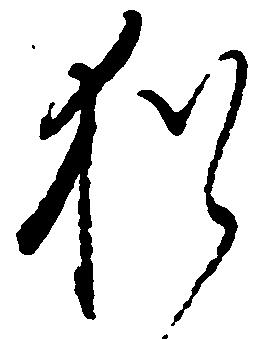
猶